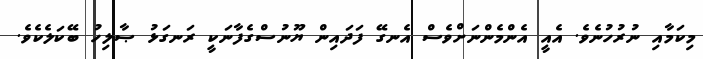
މިކަމާއި ނުރުހުނެވެ. އެއީ އެންމެންނަށްވެސް އެނގޭ ފަދައިން ޔޫނުސްގެފާނަކީ ރަނގަޅު ޞާލިހު ބޭކަލެކެވެ.